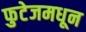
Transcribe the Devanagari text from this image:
फुटेजमधून